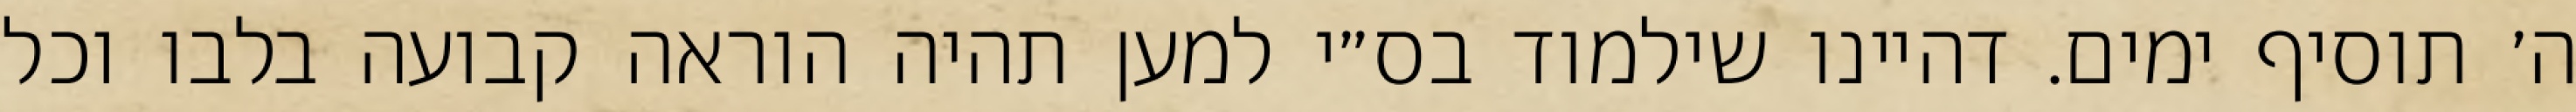
ה׳ תוסיף ימים. דהיינו שילמוד בס״י למען תהיה הוראה קבועה בלבו וכל